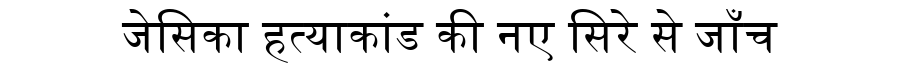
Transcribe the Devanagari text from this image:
जेसिका हत्याकांड की नए सिरे से जाँच